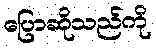
ပြောဆိုသည်ကို